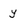
Character: y